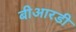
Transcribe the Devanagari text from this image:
बीआरडी